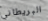
البريطاني